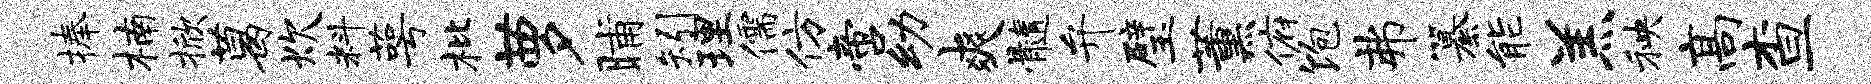
捧楠掀葛炊料萼枇萝晡矧理儒仿啻幼爽髓弁璧薰俯饱弗纂能羔秧高查